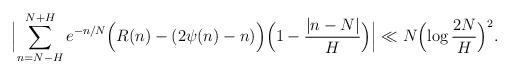
LaTeX: \begin{align*} \Bigl\vert\sum_{n=N-H}^{N+H} e^{-n/N}\Bigl(R(n) - (2\psi(n)-n)\Bigr)\Bigl(1- \frac{\vert n- N \vert}{H}\Bigr)\Bigr\vert\ll N \Bigl(\log \frac{2N}{H}\Bigr)^2.\end{align*}